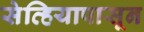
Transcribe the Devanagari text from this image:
सेव्हियापासून